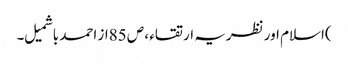
)اسلام اور نظریہ ارتقاء ، ص 85از احمد باشمیل ۔